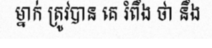
ម្នាក់ ត្រូវបាន គេ រំពឹង ថា នឹង